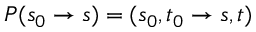
P ( s _ { 0 } \to s ) = ( s _ { 0 } , t _ { 0 } \to s , t )